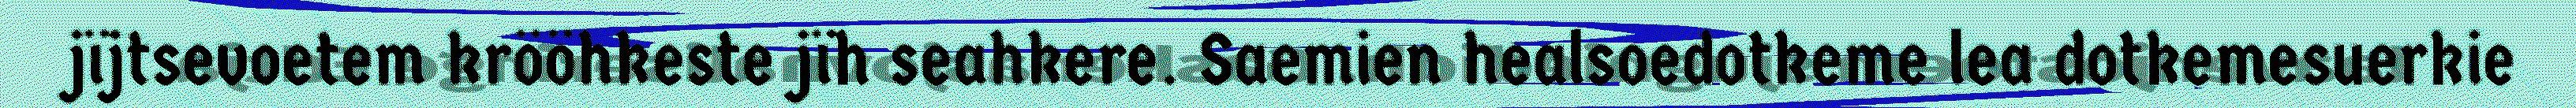
jïjtsevoetem krööhkeste jïh seahkere. Saemien healsoedotkeme lea dotkemesuerkie